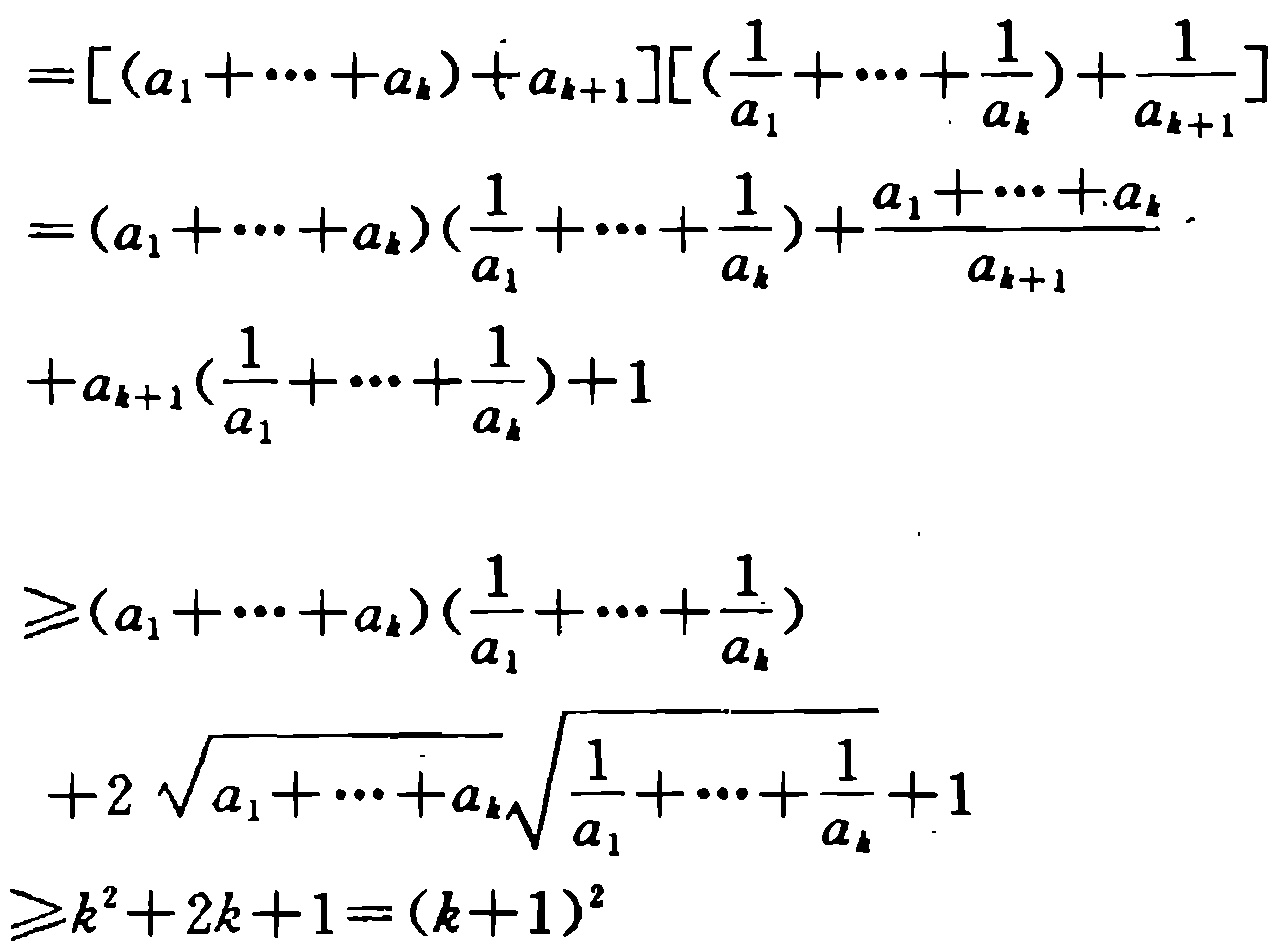
\[
\begin{align*}
&=[(a_1+\cdots + a_k)+a_{k + 1}]\left[\left(\frac{1}{a_1}+\cdots+\frac{1}{a_k}\right)+\frac{1}{a_{k + 1}}\right]\\
&=(a_1+\cdots + a_k)\left(\frac{1}{a_1}+\cdots+\frac{1}{a_k}\right)+\frac{a_1+\cdots + a_k}{a_{k + 1}}\\
&+a_{k + 1}\left(\frac{1}{a_1}+\cdots+\frac{1}{a_k}\right)+1\\
&\geqslant(a_1+\cdots + a_k)\left(\frac{1}{a_1}+\cdots+\frac{1}{a_k}\right)\\
&+2\sqrt{a_1+\cdots + a_k}\sqrt{\frac{1}{a_1}+\cdots+\frac{1}{a_k}}+1\\
&\geqslant k^2 + 2k + 1=(k + 1)^2
\end{align*}
\]